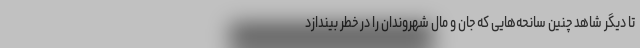
تا دیگر شاهد چنین سانحه‌هایی که جان و مال شهروندان را در خطر بیندازد